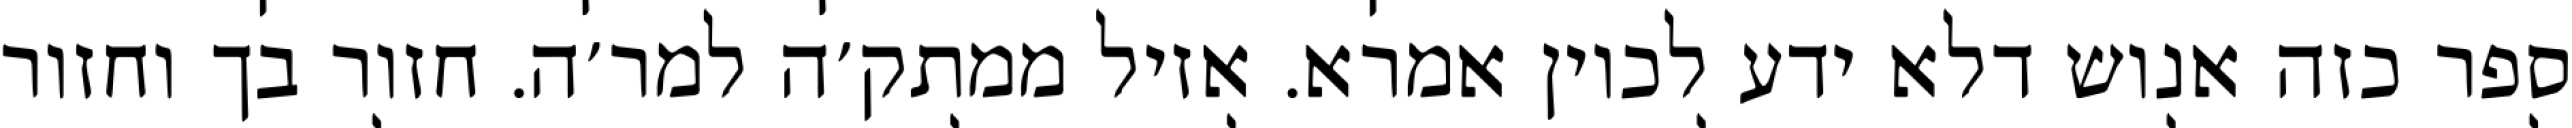
ספר כזה אנוש דלא ידע לכוין אמרא. אזיל ממתק׳ה למר׳ה. חזור בך וחזור